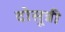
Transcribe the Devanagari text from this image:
दोसूत्री